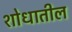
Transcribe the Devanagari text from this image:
शोधातील